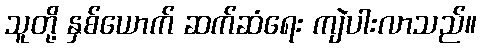
သူတို့ နှစ်ယောက် ဆက်ဆံရေး ကျဲပါးလာသည်။